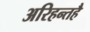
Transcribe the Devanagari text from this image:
अरिहन्तहै